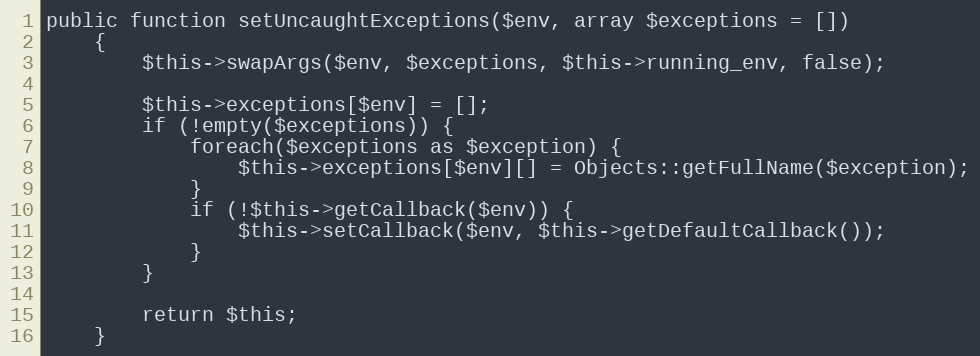
Language: PHP
public function setUncaughtExceptions($env, array $exceptions = [])
    {
        $this->swapArgs($env, $exceptions, $this->running_env, false);

        $this->exceptions[$env] = [];
        if (!empty($exceptions)) {
            foreach($exceptions as $exception) {
                $this->exceptions[$env][] = Objects::getFullName($exception);
            }
            if (!$this->getCallback($env)) {
                $this->setCallback($env, $this->getDefaultCallback());
            }
        }

        return $this;
    }